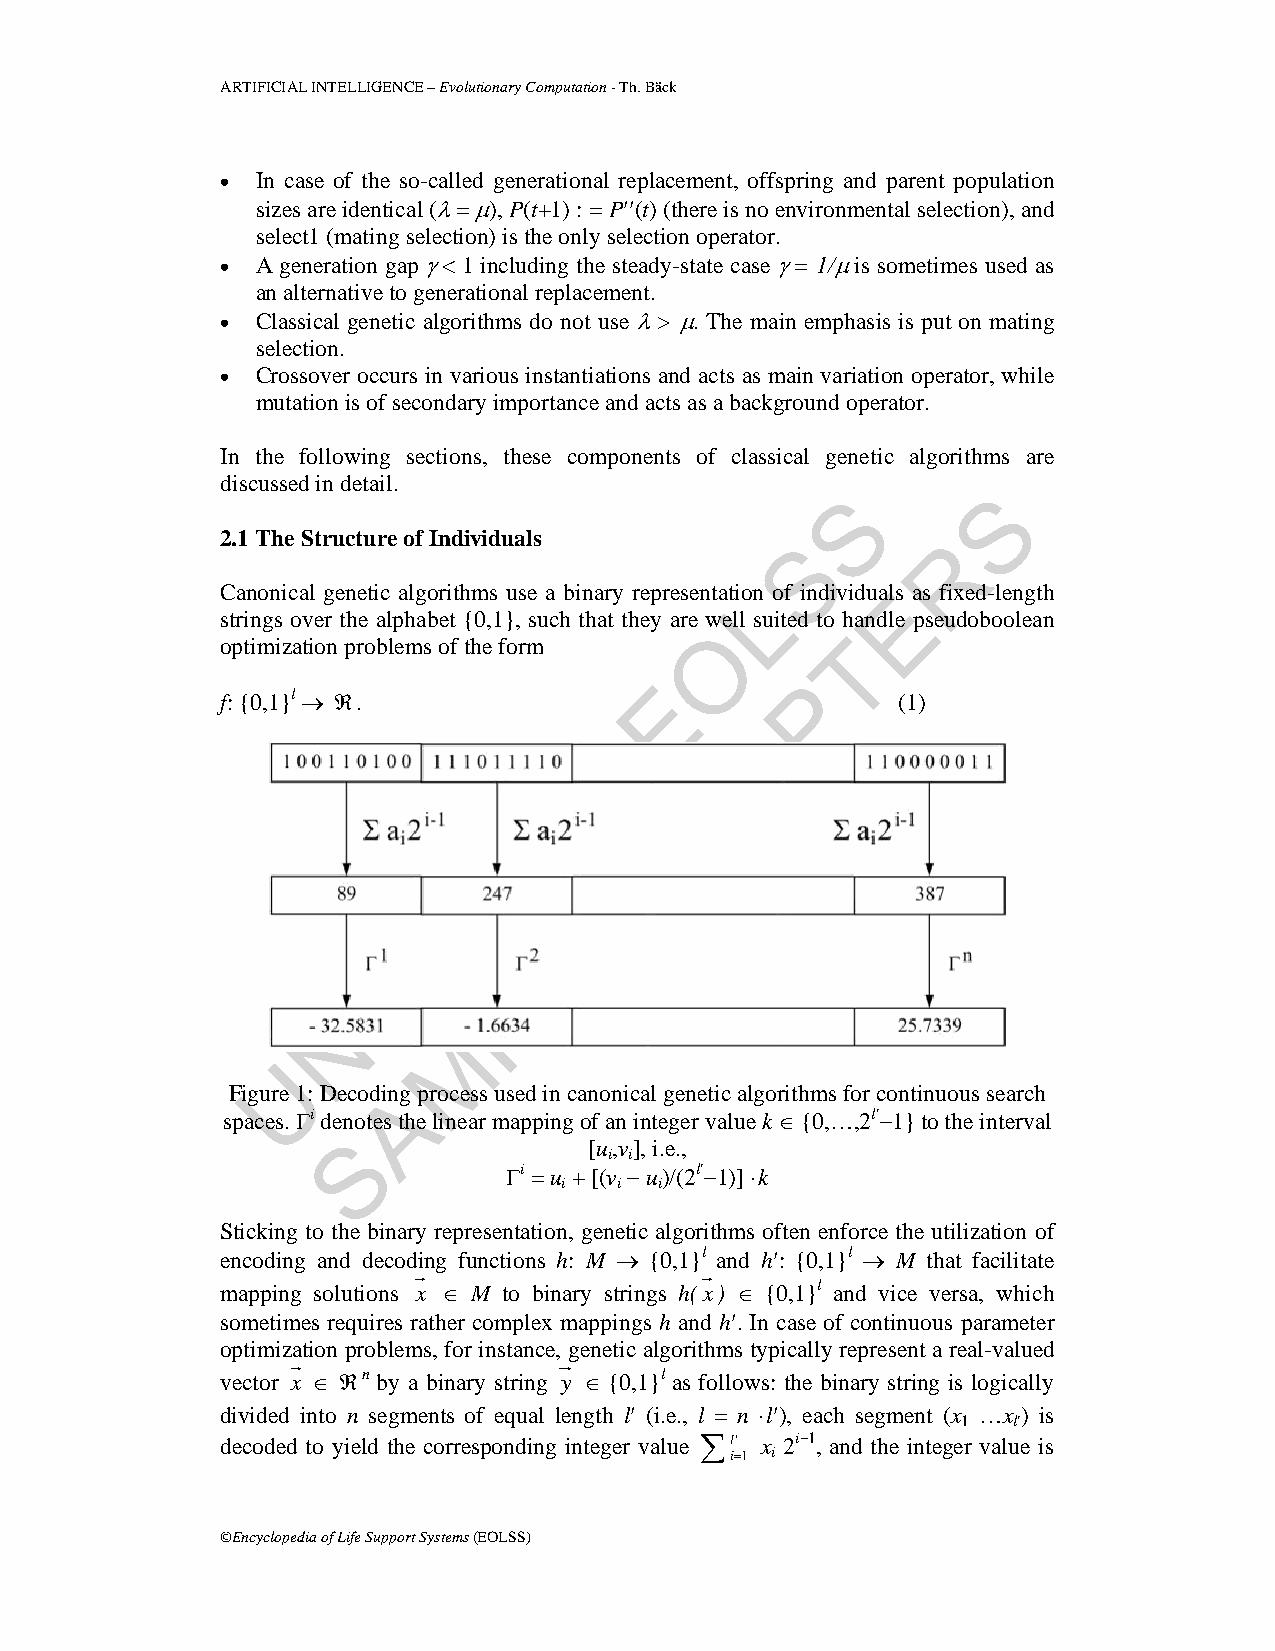
ARTIFICIAL INTELLIGENCE – Evolutionary Computation - Th. Bäck
 • In case of the so-called generational replacement, offspring and parent population
 sizes are identical (λ = μ), P(t+1) : = P′′(t) (there is no environmental selection), and
 select1 (mating selection) is the only selection operator.
 • A generation gap γ < 1 including the steady-state case γ = 1/μ is sometimes used as
 an alternative to generational replacement.
 • Classical genetic algorithms do not use λ > μ. The main emphasis is put on mating
 selection.
 • Crossover occurs in various instantiations and acts as main variation operator, while
 mutation is of secondary importance and acts as a background operator.
 In the following sections, these components of classical genetic algorithms are
 discussed in detail.
 S        S
 2.1 The Structure of Individuals      S        R
 Canonical genetic algorithms use a binary representatioLn of individualEs as fixed-length
 strings over the alphabet {0,1}, such that they are well suited to handle pseudoboolean
 O
 optimization problems of the form        T
 E         P
 f: {0,1}l → ℜ.                              (1)
 A
 –
 H
 O
 C
 C
 E
 S
 L
 E
 P
 N
 M
 U
 Figure 1: DecodinAg process used in canonical genetic algorithms for continuous search
 spaces. Γi denotes the linear mapping of an integer value k ∈ {0,…,2l′−1} to the interval
 S
 [u,v], i.e.,
 i i
 Γi = u + [(v − u)/(2l′−1)] ·k
 i   i  i
 Sticking to the binary representation, genetic algorithms often enforce the utilization of
 encoding and decoding functions h: M → {0,1}l and h′: {0,1}l → M that facilitate
 mapping solutions x ∈ M to binary strings h(x) ∈ {0,1}l and vice versa, which
 sometimes requires rather complex mappings h and h′. In case of continuous parameter
 optimization problems, for instance, genetic algorithms typically represent a real-valued
 vector x ∈ ℜn by a binary string y ∈ {0,1}l as follows: the binary string is logically
 divided into n segments of equal length l′ (i.e., l = n ·l′), each segment (x …x ) is
 1  l′
 decoded to yield the corresponding integer value ∑l' x 2i−1, and the integer value is
 i=1 i
 ©Encyclopedia of Life Support Systems (EOLSS)